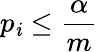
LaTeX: p_{\mathit{i}}\leq{\frac{{\alpha}}{{m}}}